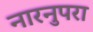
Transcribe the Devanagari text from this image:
नारनुपरा